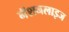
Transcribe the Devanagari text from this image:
नॅशनलाइज